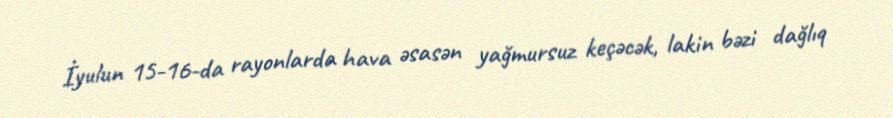
İyulun 15-16-da rayonlarda hava əsasən yağmursuz keçəcək, lakin bəzi dağlıq